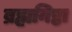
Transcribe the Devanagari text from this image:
ब्रह्मनिष्ठा